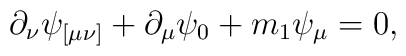
\partial _\nu \psi _{[\mu \nu ]}+\partial _\mu \psi _0+m_1\psi _\mu=0 ,